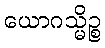
ယောဂသ္မိဉ္စ